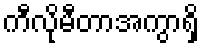
ကီလိုမီတာအကွာရှိ